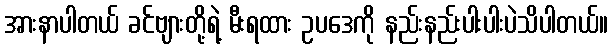
အားနာပါတယ် ခင်ဗျားတို့ရဲ့ မီးရထား ဥပဒေကို နည်းနည်းပါးပါးပဲသိပါတယ်။